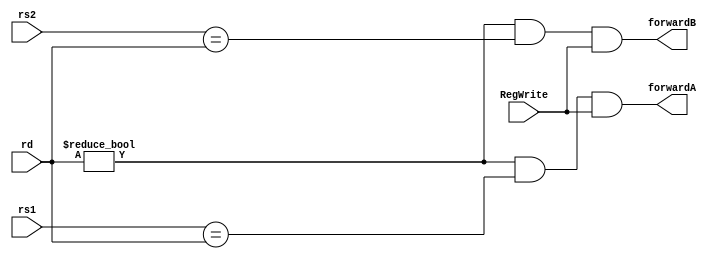
`timescale 1ns / 1ps
/******************************************************************* 
*
* Module: forwarding_unit.v
* Project: Risc-V processor pipelined 
* Description:
*   - handles forwarding from later phases to prior stages to avoid stalls
**********************************************************************/

module forwarding_unit(
        input [4:0] rs1, rs2,
        input [4:0] rd,
        input RegWrite,
        output forwardA, forwardB
        );
        assign forwardA = (rd != 0 && rs1 == rd && RegWrite);
        assign forwardB = (rd != 0 && rs2 == rd && RegWrite);

endmodule